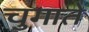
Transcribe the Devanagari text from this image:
चुगाते